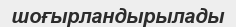
шоғырландырылады